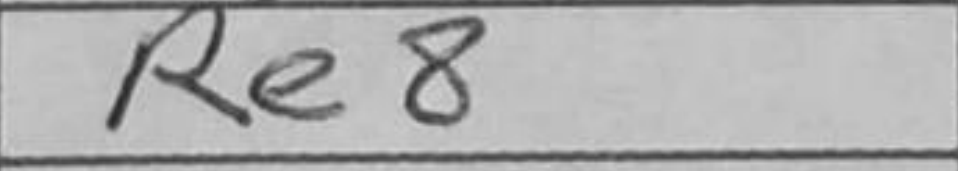
Transcription: Re8